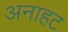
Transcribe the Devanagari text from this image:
अनाहट